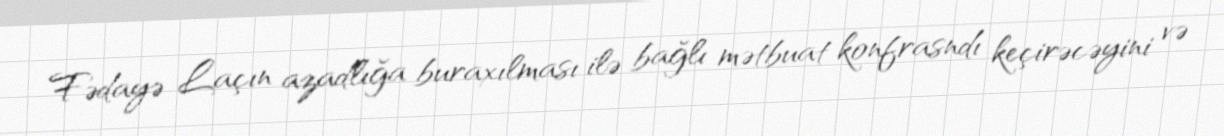
Fədayə Laçın azadlığa buraxılması ilə bağlı mətbuat konfrasndı keçirəcəyini və